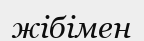
жібімен